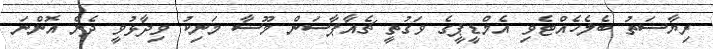
ރިޔާސަތު ބެލެހެއްޓެވި އެމްޑީޕީގެ ވަގުތީ ޗެއާޕާސަން މޫސާ މަނިކު ވިދާޅުވީ ދެން އޮންނަ